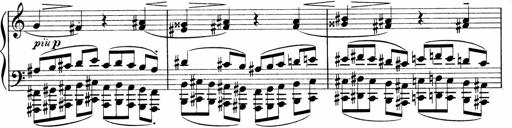
Title: Sonatina No.1
Composer: Otto Stoll
Key: C major